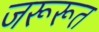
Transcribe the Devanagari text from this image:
जरूरूत